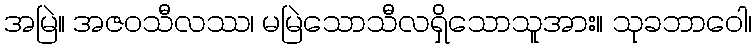
အမြဲ။ အဇဝသီလဿ၊ မမြဲသောသီလရှိသောသူအား။ သုခဘာဝေါ၊